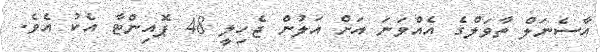
އާސެނަލް ތާވަލްގެ އެއްވަނަ އަށް އަލުން ޖެހިލީ 48 ޕޮއިންޓާ އެކު އެވެ.